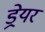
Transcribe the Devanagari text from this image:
ड्रेयर